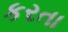
કરતા